Bulletin of the Pasteur Institute of Southern India, Coonoor - No. 3.
Year: 1910
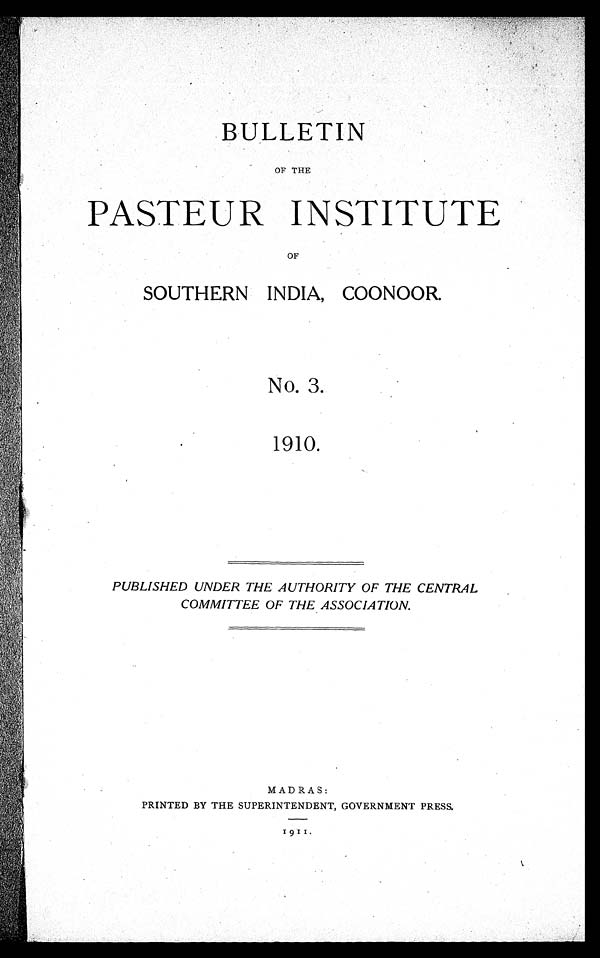
BULLETIN
OF THE
PASTEUR INSTITUTE
OF
SOUTHERN INDIA, COONOOR.
No. 3.
1910.
PUBLISHED UNDER THE AUTHORITY OF THE CENTRAL
COMMITTEE OF THE ASSOCIATION.
MADRAS:
PRINTED BY THE SUPERINTENDENT, GOVERNMENT PRESS,
1911.